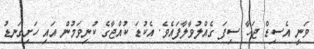
ވަނީ އެސިޑް ޖަހާ ސިފަ ގެއްލުވާލާފައެވެ. އެކުޑަ ކުއްޖާގެ ކުނިވަމުން އައި ހަށިގަނޑު